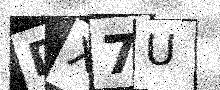
Text: DX7U